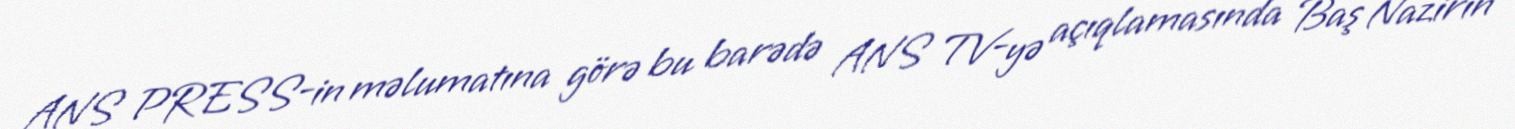
ANS PRESS-in məlumatına görə bu barədə ANS TV-yə açıqlamasında Baş Nazirin